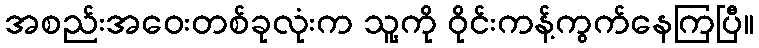
အစည်းအဝေးတစ်ခုလုံးက သူ့ကို ဝိုင်းကန့်ကွက်နေကြပြီ။